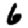
Digit: 6